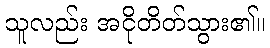
သူလည်း အငိုတိတ်သွား၏။